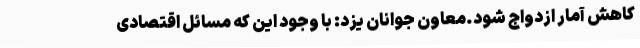
کاهش آمار ازدواج شود.معاون جوانان یزد: با وجود این که مسائل اقتصادی